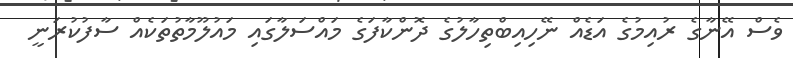
ވެސް އޭނާގެ ރުއިމުގެ އަޑެއް ނޭހިއިބްތިހާލުގެ ދޮންކާފަގެ މައްސަލާގައި މައުލޫމާތުތަކެއް ސާފުކުރަނީ